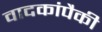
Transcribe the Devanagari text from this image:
वादकांपैकी